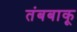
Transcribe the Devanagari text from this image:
तंबबाकू